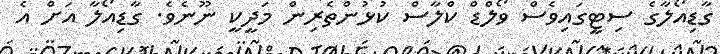
ގާޑިއޯލާގެ ސިޓީގައިވެސް ވޯލްޑް ކްލާސް ކުޅުންތެރިން މަދީކީ ނޫނެވެ. ގާޑިއޯލާ އަށް އެ